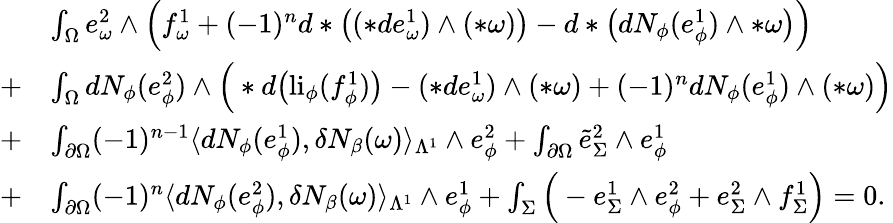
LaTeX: \begin{array}{rl}&{\int_{\Omega}e_{\omega}^{2}\wedge\Big(f_{\omega}^{1}+(-1)^{n}d\ast\big((\ast de_{\omega}^{1})\wedge(\ast\omega)\big)-d\ast\big(dN_{\phi}(e_{\phi}^{1})\wedge\ast\omega\big)\Big)}\\ {+}&{\int_{\Omega}dN_{\phi}(e_{\phi}^{2})\wedge\Big(\ast d\big(\mathrm{li}_{\phi}(f_{\phi}^{1})\big)-(\ast de_{\omega}^{1})\wedge(\ast\omega)+(-1)^{n}dN_{\phi}(e_{\phi}^{1})\wedge(\ast\omega)\Big)}\\ {+}&{\int_{\partial\Omega}(-1)^{n-1}\langle dN_{\phi}(e_{\phi}^{1}),\delta N_{\beta}(\omega)\rangle_{\Lambda^{1}}\wedge e_{\phi}^{2}+\int_{\partial\Omega}\tilde{e}_{\Sigma}^{2}\wedge e_{\phi}^{1}}\\ {+}&{\int_{\partial\Omega}(-1)^{n}\langle dN_{\phi}(e_{\phi}^{2}),\delta N_{\beta}(\omega)\rangle_{\Lambda^{1}}\wedge e_{\phi}^{1}+\int_{\Sigma}\Big(-e_{\Sigma}^{1}\wedge e_{\phi}^{2}+e_{\Sigma}^{2}\wedge f_{\Sigma}^{1}\Big)=0.}\end{array}